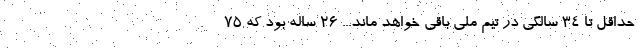
حداقل تا ۳۴ سالگي در تيم ملي باقي خواهد ماند... ۲۶ ساله بود كه ۷۵